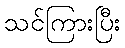
သင်ကြားပြီး